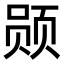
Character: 𫖲